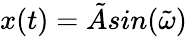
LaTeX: x(t)=\tilde{A}sin(\tilde{\omega})